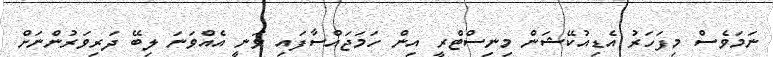
ނަމަވެސް މިފަހަރު އެޑިއުކޭޝަން މިނިސްޓްރީ އިން ހަމަޖައްސާފައި ވަނީ އެއްވަނަ ލިބޭ ދަރިވަރުންނަށް